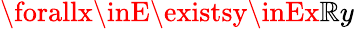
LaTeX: \forallx\inE\existsy\inEx\mathbb{R}y